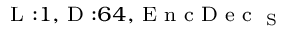
_ { \textrm { L } : 1 , \textrm { D } : 6 4 , \textrm { E n c D e c } _ { \textrm { S } } }